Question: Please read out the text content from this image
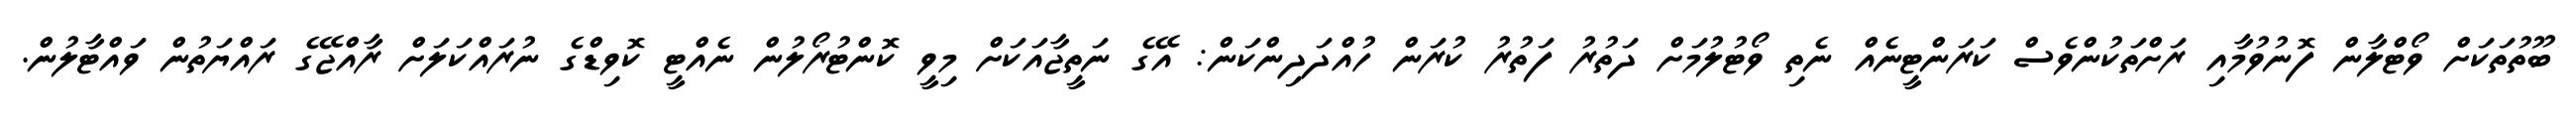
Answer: ބޫތުތަކަށް ވޯޓްލާން ފޮނުވުމާއި ރަށްތަކުންވެސް ކަރަންޓީނެއް ނެތި ވޯޓުލުމަށް ދަތުރު ފަތުރު ކުރަން ހުއްދަދިންކަން: އޭގެ ނަތީޖާއަކަށް މިވީ ކޮންޓުރޯލުން ނެއްޓީ ކޮވިޑްގެ ނުރައްކަލަށް ރާއްޖޭގެ ރައްޔަތުން ވައްޓާލުން.